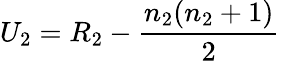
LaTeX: U_{2}=R_{2}-{\frac{n_{2}(n_{2}+1)}{2}}\,